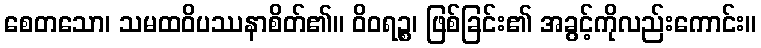
စေတသော၊ သမထဝိပဿနာစိတ်၏။ ဝိဝရဉ္စ၊ ဖြစ်ခြင်း၏ အခွင့်ကိုလည်းကောင်း။